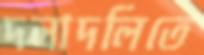
দলাদলিতে